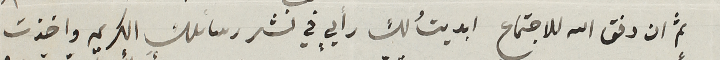
ثم ان وفق الله للاجتماع ابديتُ لك رأيٍ في نشر رسائلكِ الكريمه واخذت